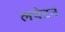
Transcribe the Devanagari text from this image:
लपेटन